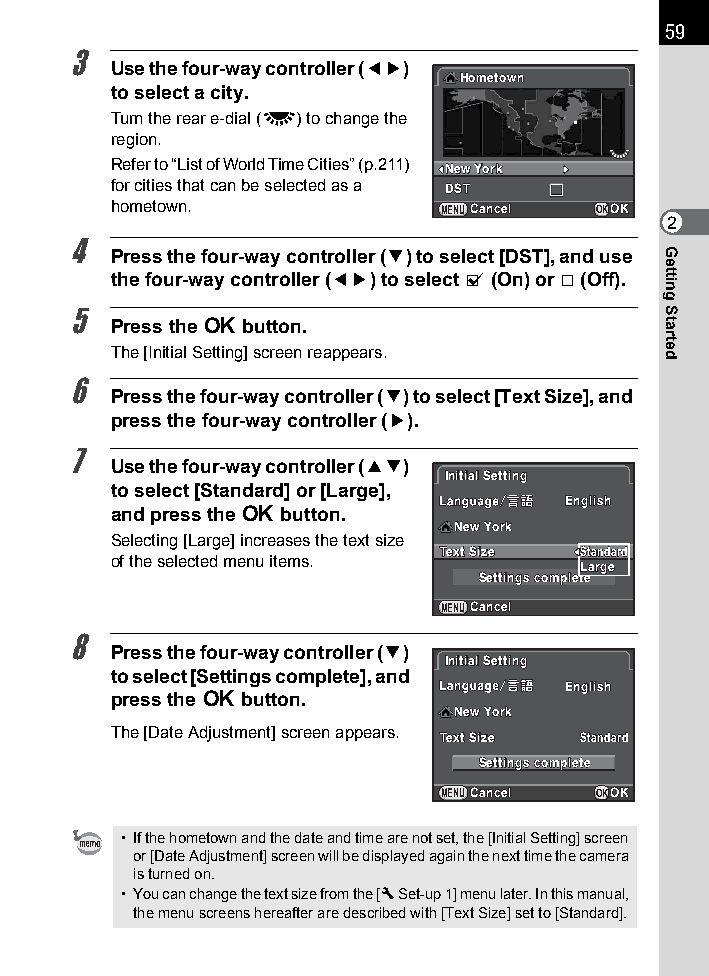
59
 3
 Use the four-way controller (45)
 HHoommeettoowwnn
 to select a city.
 Turn the rear e-dial (S) to change the
 region.
 Refer to “List of World Time Cities” (p.211) NNeeww YYoorrkk
 for cities that can be selected as a DDSSTT
 hometown.             MENUCCaanncceell OKOOKK
 2
 4
 Press the four-way controller (3) to select [DST], and use
 the four-way controller (45) to select O (On) or P (Off).
 5
 Press the 4 button.
 The [Initial Setting] screen reappears.
 6
 Press the four-way controller (3) to select [Text Size], and
 press the four-way controller (5).
 7
 Use the four-way controller (23)
 IInniittiiaall SSeettttiinngg
 to select [Standard] or [Large],
 EEnngglliisshh
 and press the 4 button.
 NNeeww YYoorrkk
 Selecting [Large] increases the text size
 TTeexxtt SSiizzee SSttaannddaarrdd
 of the selected menu items.
 LLaarrggee
 SSeettttiinnggss ccoommpplleettee
 MENUCCaanncceell
 8
 Press the four-way controller (3)
 IInniittiiaall SSeettttiinngg
 to select [Settings complete], and
 EEnngglliisshh
 press the 4 button.
 NNeeww YYoorrkk
 The [Date Adjustment] screen appears.
 TTeexxtt SSiizzee SSttaannddaarrdd
 SSeettttiinnggss ccoommpplleettee
 MENUCCaanncceell OKOOKK
 • If the hometown and the date and time are not set, the [Initial Setting] screen
 or [Date Adjustment] screen will be displayed again the next time the camera
 is turned on.
 • You can change the text size from the [R Set-up 1] menu later. In this manual,
 the menu screens hereafter are described with [Text Size] set to [Standard].
 Getting
 Started